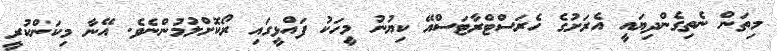
މިތަން ނެތިގެންދިޔައީ އެރަށުގެ ހެރަސްޓްރާޓަސްއޭ ކިޔުނު މީހަކު ފައްޅީގައި ރޯކޮށްލުމުންނެވެ. އޭނާ މިކަންކުރީ